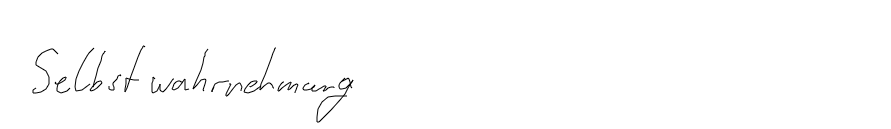
Selbstwahrnehmung